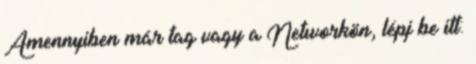
Amennyiben már tag vagy a Networkön, lépj be itt: